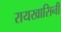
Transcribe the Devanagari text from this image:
रायखासिनी